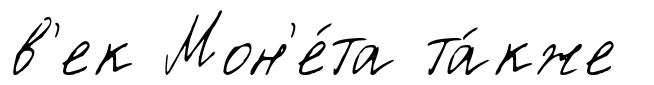
в'ек Мон'е́та та́кже